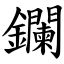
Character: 鑭